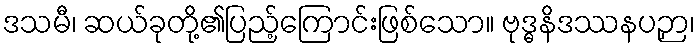
ဒသမီ၊ ဆယ်ခုတို့၏ပြည့်ကြောင်းဖြစ်သော။ ဗုဒ္ဓနိဒဿနပဉှာ၊